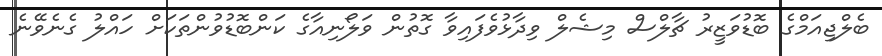
ބެލްޖިއަމްގެ ބޮޑުވަޒީރު ޗާލްސް މިޝެލް ވިދާޅުވެފައިވާ ގޮތުން ވަލޯނިއާގެ ކަންބޮޑުވުންތަކަށް ހައްލު ގެނެވޭނެ